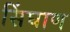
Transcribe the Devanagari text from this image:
सिंघाण